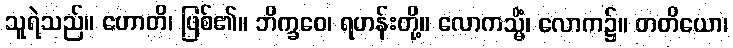
သူရဲသည်။ ဟောတိ၊ ဖြစ်၏။ ဘိက္ခဝေ၊ ရဟန်းတို့။ လောကသ္မိံ၊ လောက၌။ တတိယော၊